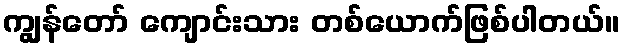
ကျွန်တော် ကျောင်းသား တစ်ယောက်ဖြစ်ပါတယ်။